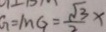
G = M G = \frac { \sqrt { 3 } } { 2 } x